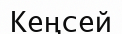
Кеңсей